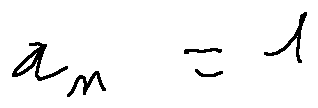
x _ { n } = 1